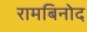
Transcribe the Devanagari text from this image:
रामबिनोद